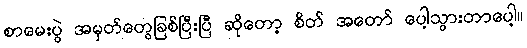
စာမေးပွဲ အမှတ်တွေခြစ်ပြီးပြီ ဆိုတော့ စိတ် အတော် ပေါ့သွားတာပေါ့။